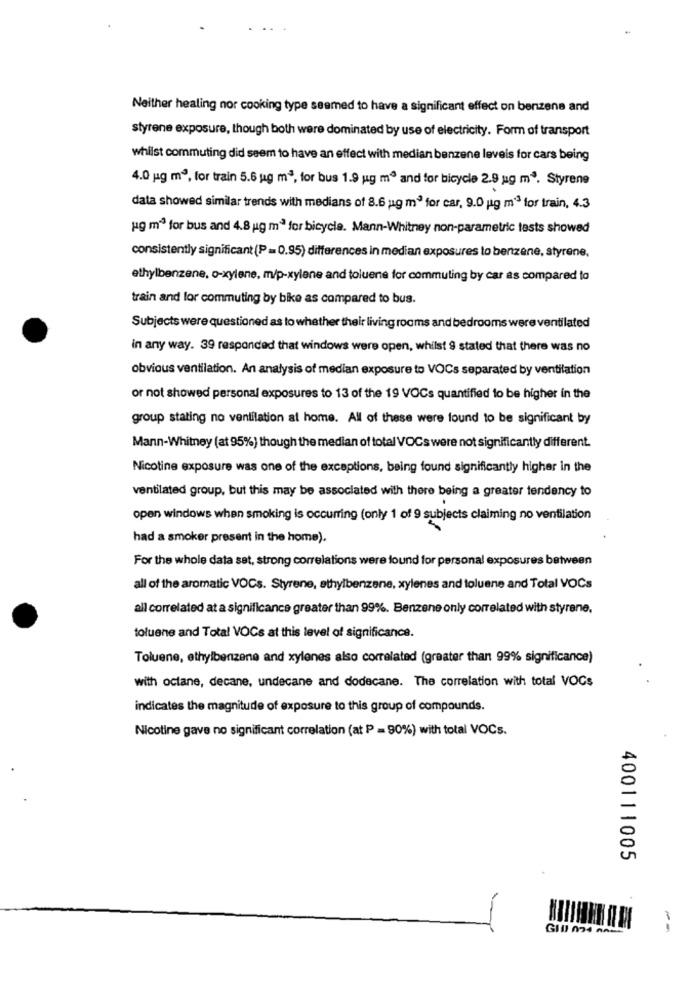
Neither healing nor cooking type seemed to have a significant effect on benzene and
styrene exposure, though both were dominated by use of electricity. Form of transport
whilst commuting did seem to have an effect with median benzene leveis for cars being
4.0 ug m3, for train 5.6 ug m3, for bus 1.9 ug mº and for bicycle 2.9 ug mº. Styrene
data showed similar trends with medians of 8.6 ug m' for car, 9.0 ug mº3 for train, 4.3
ug m" for bus and 4.8 ug mª for bicycle. Mann-Whitney non-parametric tests showed
consistently significant (P =0.95) differences in median exposures to benzene, styrene,
ethylbenzene, o-xylene, m/p-xylene and toluene for commuting by car as compared to
train and lor commuting by bike as compared to bus.
Subjects were questioned as to whether their living rooms and bedrooms were ventilated
in any way. 39 responded that windows were open, whilst 9 stated that there was no
obvious ventilation. An analysis of median exposure to VOCs separated by ventilation
or not showed personal exposures to 13 of the 19 VOCs quantified to be higher in the
group stating no ventilation at home. All of these were found to be significant by
Mann-Whitney (at 95%) though the median of total VOCs were not significantly different.
Nicotine exposure was one of the exceptions, being found significantly higher in the
ventilated group, but this may be associated with there being a greater tendency to
open windows when smoking is occurring (only 1 of 9 subjects claiming no ventilation
had a smoker present in the home).
For the whole data set, strong correlations were found for personal exposures between
all of the aromatic VOCs. Styrene, ethylbenzene, xylenes and toluene and Total VOCs
all correlated at a significance greater than 99%. Benzene only correlated with styrene.
toluene and Total VOCs at this level of significance.
Toluene, ethylbenzene and xylenes also correlated (greater than 99% significance)
with octane, decane, undecane and dodecane. The correlation with total VOCs
indicates the magnitude of exposure to this group of compounds.
Nicotine gave no significant correlation (at P = 90%) with total VOCs.
400111005
--